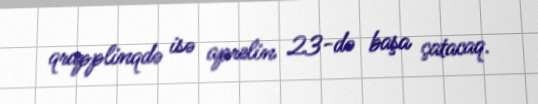
qrapplinqdə isə aprelin 23-də başa çatacaq.